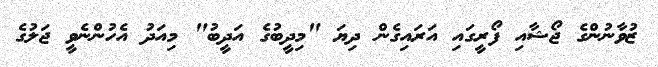
ޒުވާނުންގެ ޖޯޝާއި ފޯރީގައި އަރައިގެން ދިޔަ "މިދީބުގެ އަދީބު" މިއަދު އެހުންނެވީ ޖަލުގެ